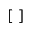
[ \; ]